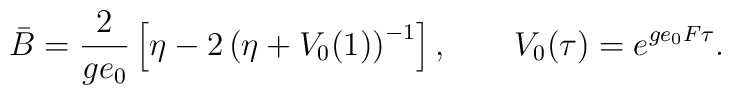
\bar{B}=\frac{2}{ge_{0}}\left[\eta-2\left(\eta+V_{0}(1)\right)^{-1}\right],\qquad V_{0}(\tau)=e^{ge_{0}F\tau}.